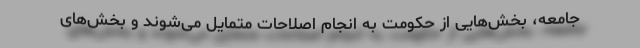
جامعه، بخش‌هایی از حکومت به انجام اصلاحات متمایل می‌شوند و بخش‌های